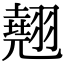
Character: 翹